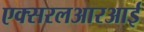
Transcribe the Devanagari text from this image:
एक्सरलआरआर्इ